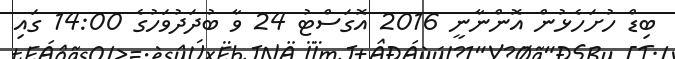
ބިޑް ހުށަހެޅުން އޮންނާނީ 2016 އޮގަސްޓު 24 ވާ ބުދަދުވަހުގެ 14:00 ގައި